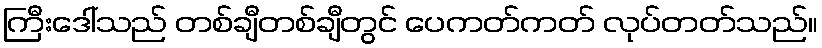
ကြီးဒေါ်သည် တစ်ချီတစ်ချီတွင် ပေကတ်ကတ် လုပ်တတ်သည်။